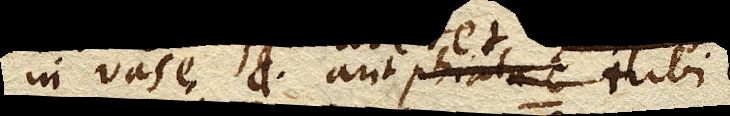
in vase D. aut phiala C. tubi C.